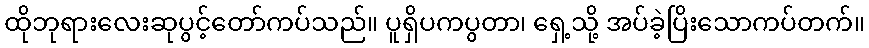
ထိုဘုရားလေးဆုပွင့်တော်ကပ်သည်။ ပူရှိပကပွတာ၊ ရှေ့သို့ အပ်ခဲ့ပြိးသောကပ်တက်။